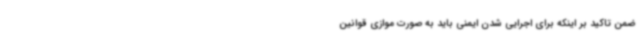
ضمن تاکید بر اینکه برای اجرایی شدن ایمنی باید به صورت موازی قوانین